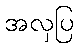
အလှပြ